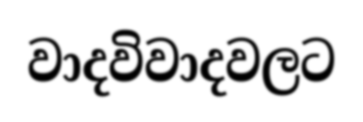
වාදවිවාදවලට